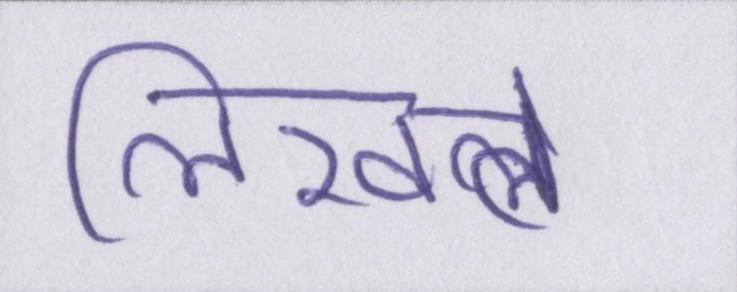
लिखते